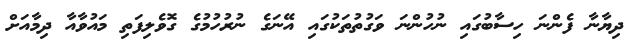
ދިޔާނާ ފެންނަ ހިސާބުގައި ނުހުންނަ ވަގުތުތަކުގައި އޭނަގެ ނުރުހުމުގެ ގޮވެލިފަތި މައުވާއާ ދިމާއަށް